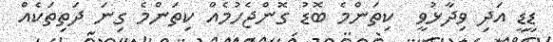
ޑީޑީ އަދި ވިދާޅުވީ  ކިތަންމެ ބޮޑު ގޮންޖެހުމެއް ކިތަންމެ ގިނަ ދަތިތަކެއް